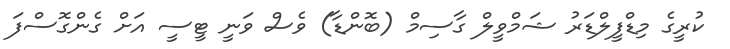
ކުރީގެ މިޑްފީލްޑަރު ޝަމްވީލް ގާސިމް (ބޮންޑާ) ވެސް ވަނީ ޓީސީ އަށް ގެންގޮސްފަ